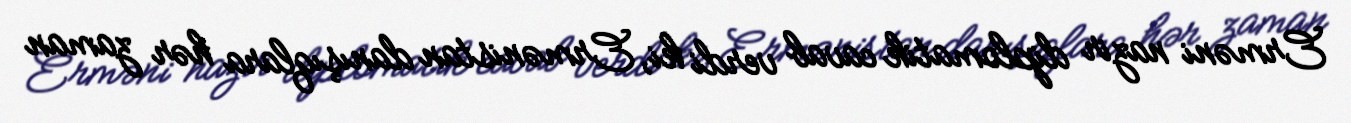
Erməni nazir diplomatik cavab verdi ki, Ermənistan danışıqlara hər zaman